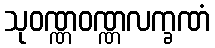
သုဝဏ္ဏဝဏ္ဏလက္ခဏံ